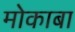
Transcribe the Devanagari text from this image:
मोकाबा